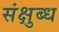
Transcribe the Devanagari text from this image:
संक्षुब्ध